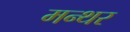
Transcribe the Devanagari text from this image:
मन्थर